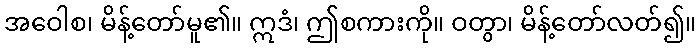
အဝေါစ၊ မိန့်တော်မူ၏။ ဣဒံ၊ ဤစကားကို။ ဝတွာ၊ မိန့်တော်လတ်၍။